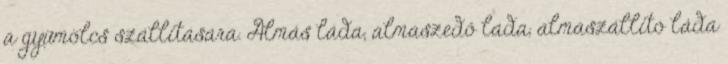
a gyümölcs szállítására. Almás láda, almaszedő láda, almaszállító láda